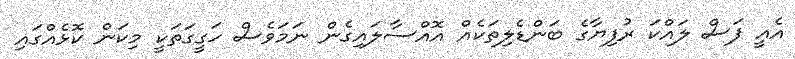
އެއީ ފަސް ލައްކަ ރުފިޔާގެ ބަންޑެލިތަކެއް އޮއްސާލައިގެން ނަމަވެސް ހަގީގަތަކީ މިކަން ކޮޅެއްގައި